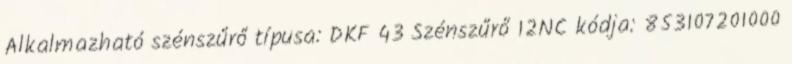
Alkalmazható szénszűrő típusa: DKF 43 Szénszűrő 12NC kódja: 853107201000